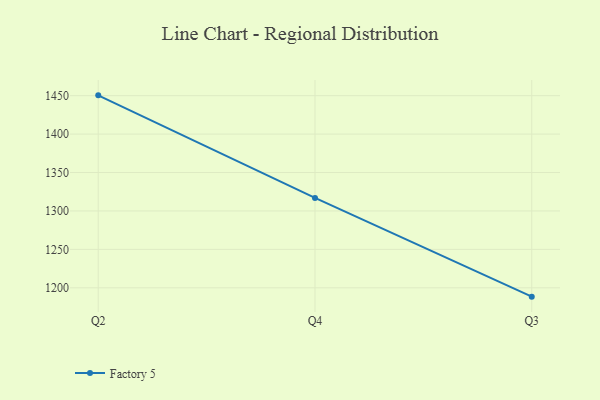
{"axis": {"x": "Quarter", "y": "Tickets Resolved"}, "legend": ["Factory 5"], "data": [{"x": "Q2", "y": 1450.4, "type": "Factory 5"}, {"x": "Q4", "y": 1316.9, "type": "Factory 5"}, {"x": "Q3", "y": 1188.5, "type": "Factory 5"}]}